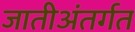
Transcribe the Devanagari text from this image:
जातीअंतर्गत